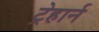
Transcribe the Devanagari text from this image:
ट्रेहार्न